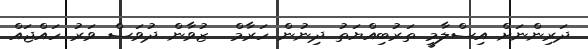
ދަރިންނަށް އިސްލާމީ ތަރުބިއްޔަތު ދިނުން ހަރާމް  ޒުވާން ދުވަސް ވަރު ހައްޖައް